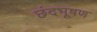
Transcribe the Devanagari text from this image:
छंदभूषण